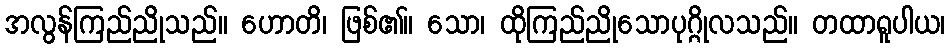
အလွန်ကြည်ညိုသည်။ ဟောတိ၊ ဖြစ်၏။ သော၊ ထိုကြည်ညိုသောပုဂ္ဂိုလသည်။ တထာရူပါယ၊